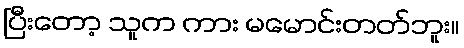
ပြီးတော့ သူက ကား မမောင်းတတ်ဘူး။